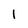
Character: 1